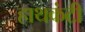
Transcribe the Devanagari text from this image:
हाथकंटी